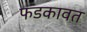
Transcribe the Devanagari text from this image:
फडकावत